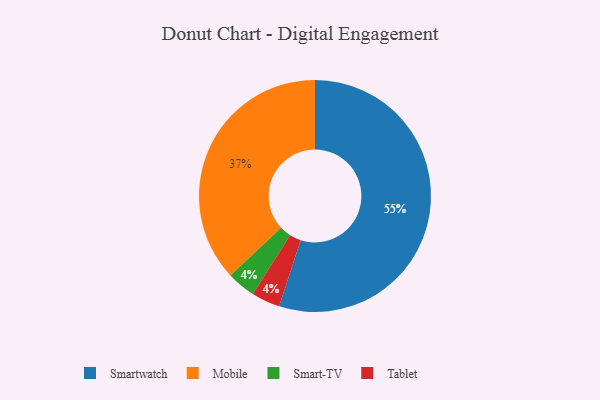
{"axis": {"x": "Category", "y": "Percentage"}, "legend": ["Mobile", "Smart-TV", "Smartwatch", "Tablet"], "data": [{"x": "Mobile", "y": 37, "type": "Mobile"}, {"x": "Smart-TV", "y": 4, "type": "Smart-TV"}, {"x": "Smartwatch", "y": 55, "type": "Smartwatch"}, {"x": "Tablet", "y": 4, "type": "Tablet"}]}